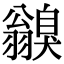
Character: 𦒥